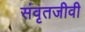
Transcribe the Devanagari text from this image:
संवृतजीवी